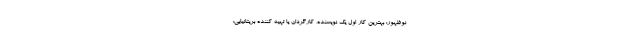
نوظهور: بهترین کار اول یک نویسنده، کارگردان یا تهیه کننده بریتانیایی: